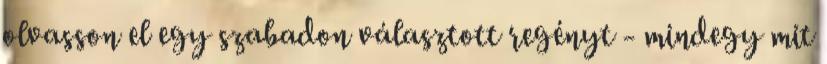
olvasson el egy szabadon választott regényt - mindegy mit